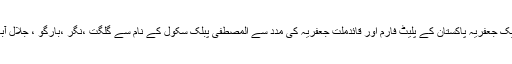
علمی میدان میں تحریک جعفریہ پاکستان کے پلیٹ فارم اور قائدملت جعفریہ کی مدد سے المصطفی پبلک سکول کے نام سے گلگت ،نگر ،بارگو ، جلال آباد ، جگوٹ کالونی و۔